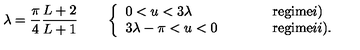
\lambda = \frac { \pi } { 4 } \frac { L + 2 } { L + 1 } \qquad \left\{ \begin{array} { l l l } { 0 < u < 3 \lambda } & { \qquad } & { \mathrm { r e g i m e } i ) } \\ { 3 \lambda - \pi < u < 0 } & { \qquad } & { \mathrm { r e g i m e } i i ) . } \\ \end{array} \right.